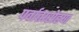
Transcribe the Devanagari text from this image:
पर्वातारोहण